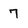
Character: 7